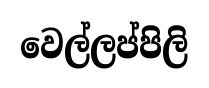
වෙල්ලප්පිලි